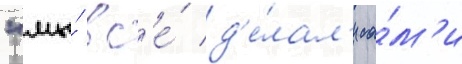
"мы́ вс'е́ д'е́лал'и са́м'и